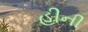
હીની